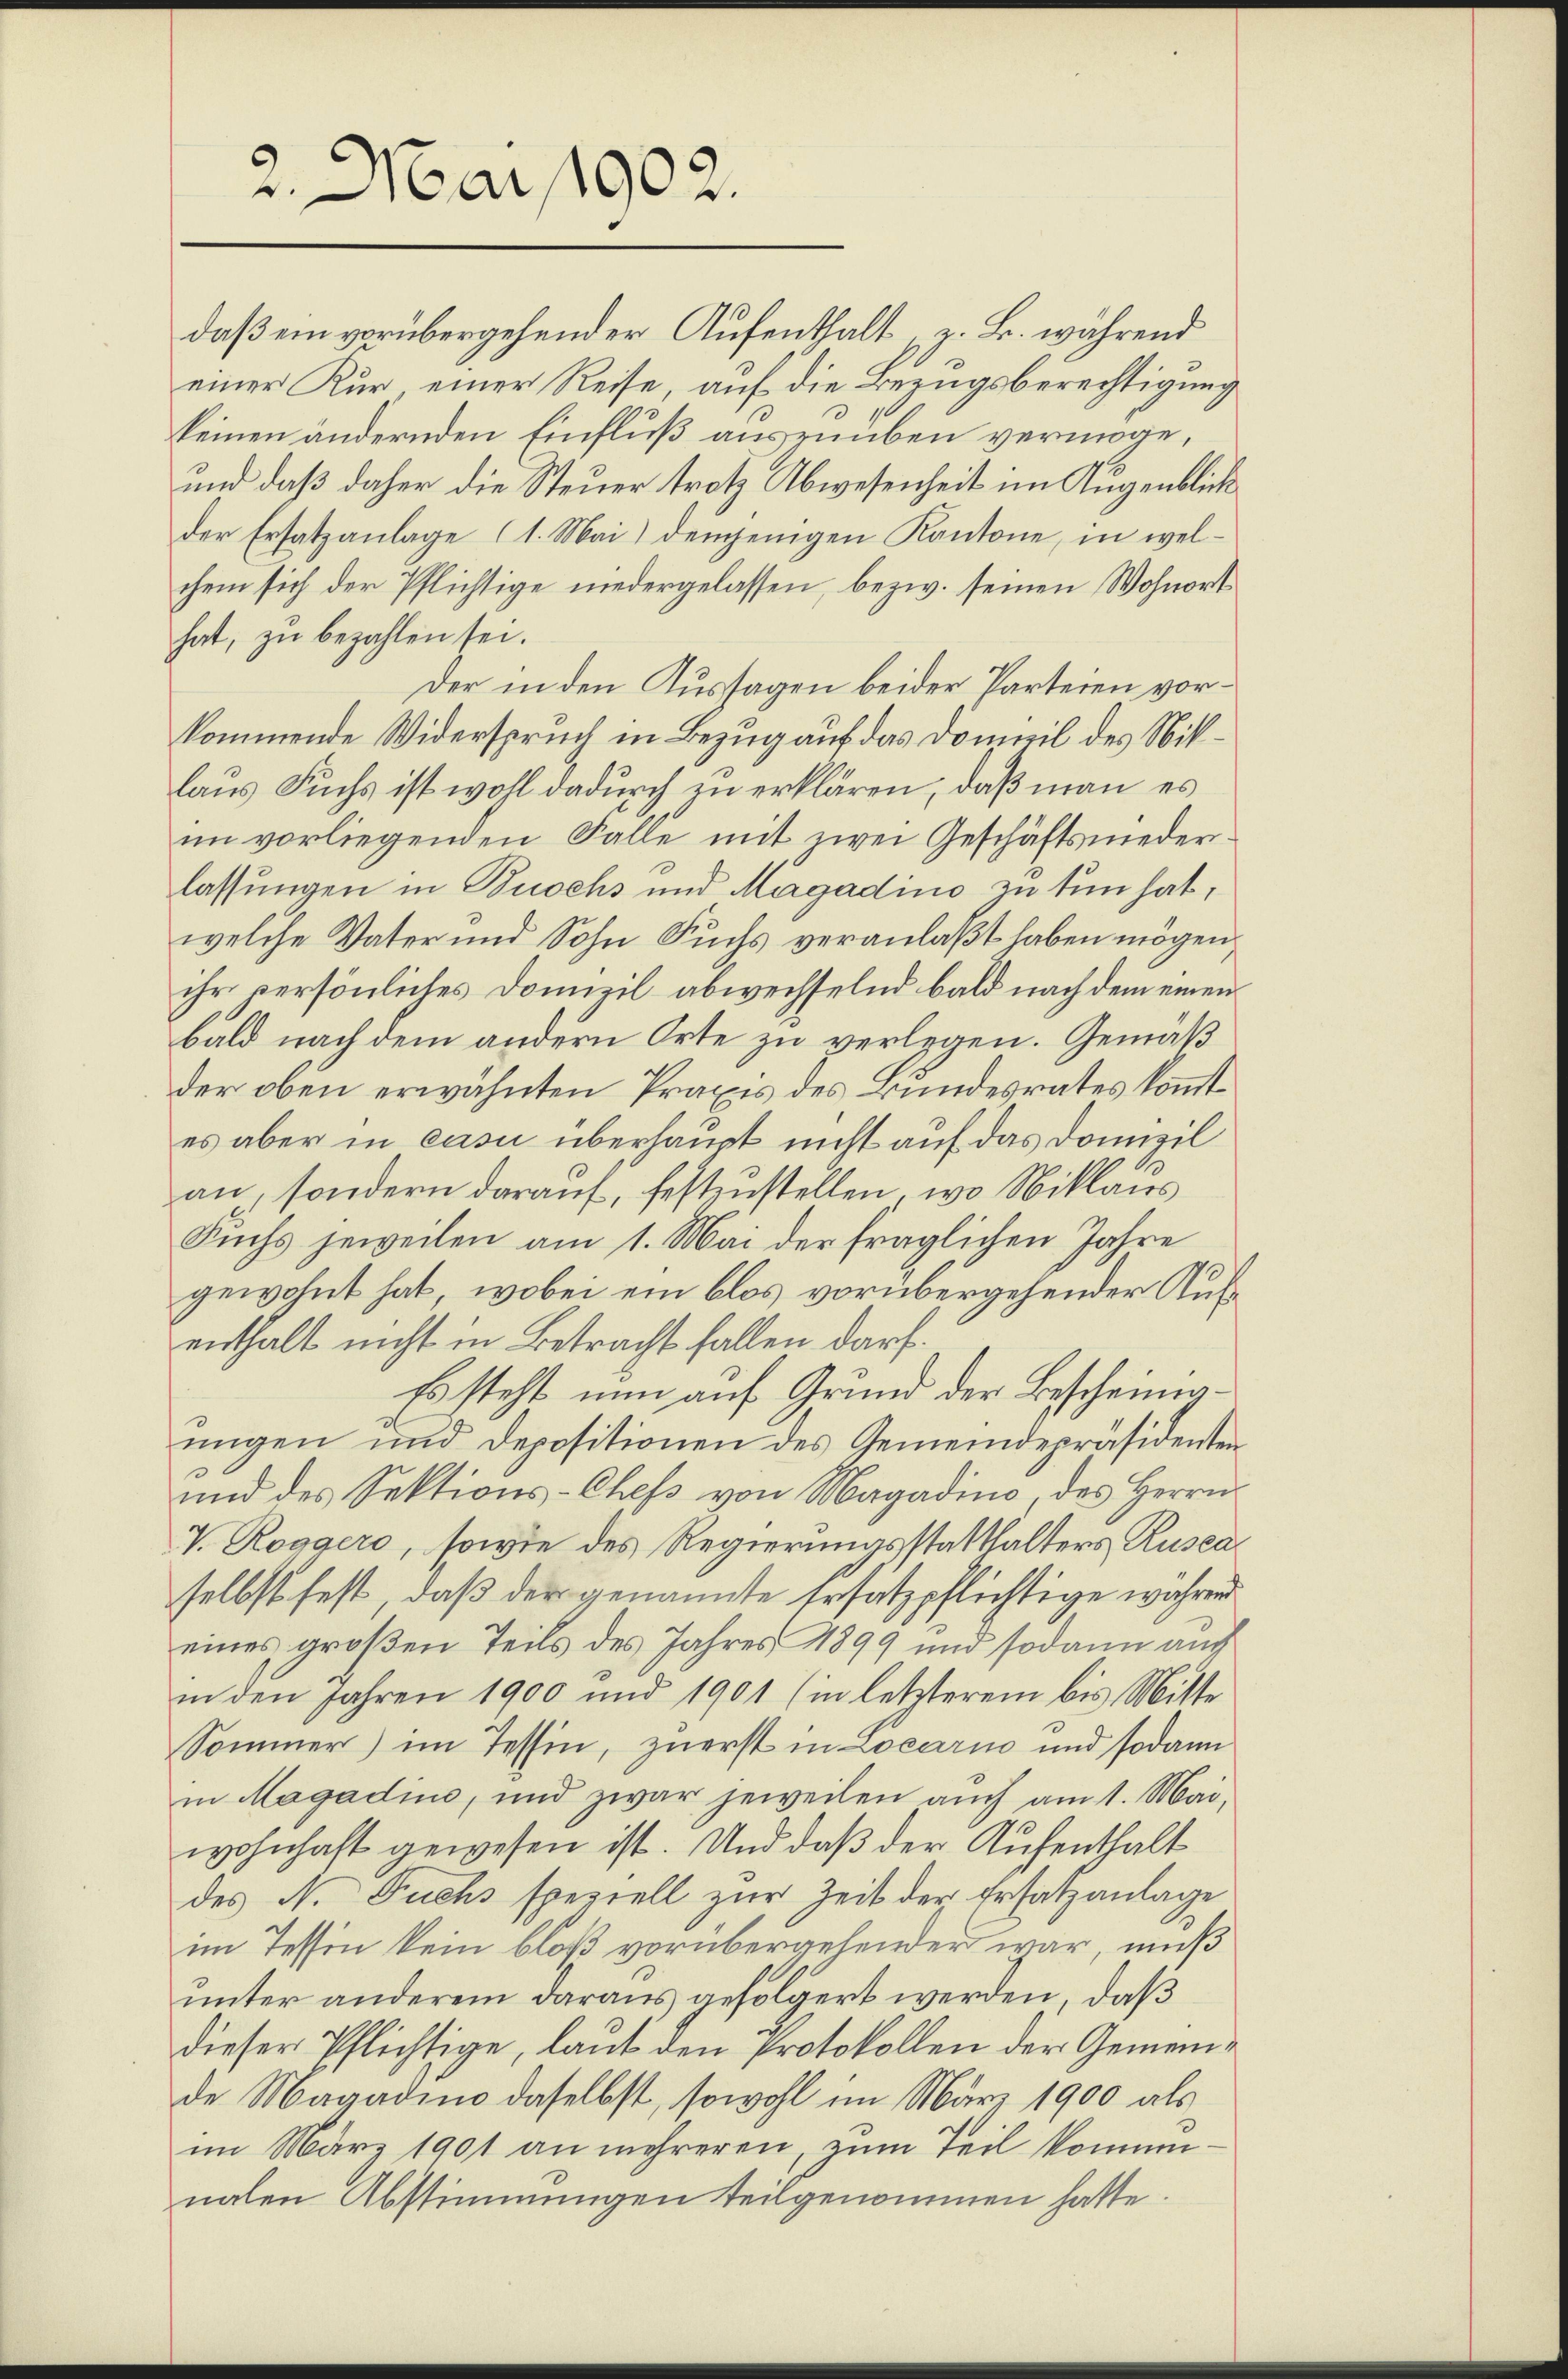
2. Mai 1902.

daß ein vorübergehender Aufenthalt u. B. während
einer Kur einer Reise, auf die Bezugsberechtigung
keinen ändernden Einfluß auszuüben vermöge,
und daß daher die Steuer trotz Abwesenheit im Augenblick
der Ersatzanlage (1. Mai) demjenigen Kantone, in welchem sich der Pflichtige niedergelassen, bezw. seinen Wohnort
hat, zu bezahlen sei.
Der in den Aussagen beider Parteien vorkommende Widerspruch in Bezug auf das Domizil des Niklaus Fuchs ist wohl dadurch zu erklären, daß man es
im vorliegenden Falle mit zwei Geschäftsniederlassungen in Buochs und Magadino zu tun hat,
welche Vater und Sohn Fuchs veranlaßt haben mögen.
ihr persönliches Domizil abwechselnd bald nach dem einen
bald nach dem andern Orte zu verlegen. Gemäß
der oben erwähnten Praxis des Bundesrates kommt
es aber in casii überhaupt nicht auf das Domizil
an, sondern darauf, festzustellen, wo Niklaus
Suchs jeweilen am 1. Mai der fraglichen Jahre
gewohnt hat, wobei ein blos vorübergehender Aufenthalt nicht in Betracht fallen darf.
Es steht nun auf Grund der Bescheinigungen und Depositionen des Gemeindepräsidenten
und des Sektions-Chefs von Magadino, des Herrn
V. Roggers, sowie des Regierungsstatthalters Ruscaselbst fest, daß der genannte Ersatzpflichtige wahrend
eines großen Teils des Jahres 1899 und sodann auch
in den Jahren 1900 und 1901 (in letzterem bis Mitte
Sommer) im Tessin, zuerst in Locarno und sodann
in Magadino, und zwar jeweilen auch am 1. Mai,
wohnhaft gewesen ist. Und daß der Aufenthalt
des N. Fuchs speziell zur Zeit der Ersatzanlage
im Tessin kein bloß vorübergehender war, muß
unter anderem daraus gefolgert werden, daß
dieser Pflichtige, laut den Protokollen der Gemeinde Magadino daselbst, sowohl im März 1900 als
im März 1901 an mehreren, zum Teil kommenalen Abstimmungen teilgenommen hatte.